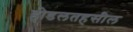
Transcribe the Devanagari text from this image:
होडलतहसील